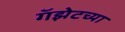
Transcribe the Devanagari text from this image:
गॅझेटच्या